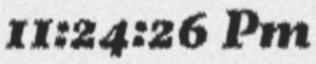
11:24:26 Pm